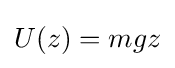
U(z)=mgz